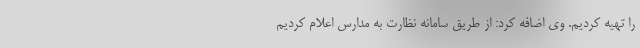
را تهیه کردیم. وی اضافه کرد: از طریق سامانه نظارت به مدارس اعلام کردیم